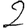
Digit: 2